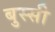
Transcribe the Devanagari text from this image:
बुस्सी